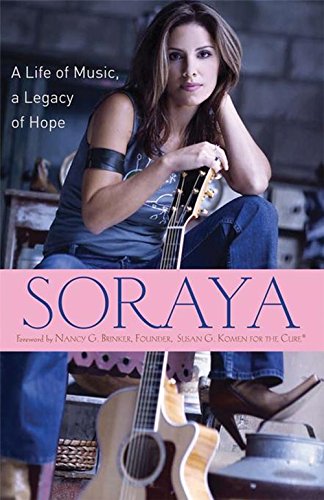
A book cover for Soraya: A Life of Music, A Legacy of Hope; Soraya; Biographies & Memoirs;